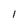
Character: I